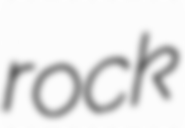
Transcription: rock